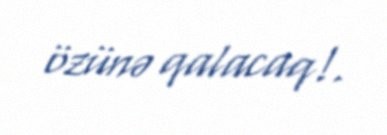
özünə qalacaq!.